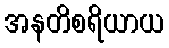
အနတိစရိယာယ